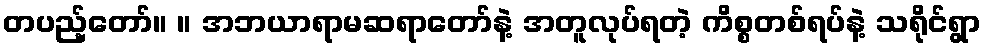
တပည့်တော်။ ။ အဘယာရာမဆရာတော်နဲ့ အတူလုပ်ရတဲ့ ကိစ္စတစ်ရပ်နဲ့ သရိုင်ရွာ